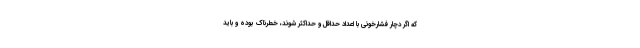
که اگر دچار فشارخونی با اعداد حداقل و حداکثر شوند، خطرناک بوده و باید